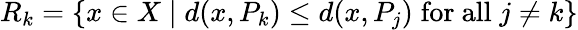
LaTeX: R_{k}=\{ x\in X\mid d(x,P_{k})\leq d(x,P_{j})\; {\mathrm{for~all}}\; j\neq k\}